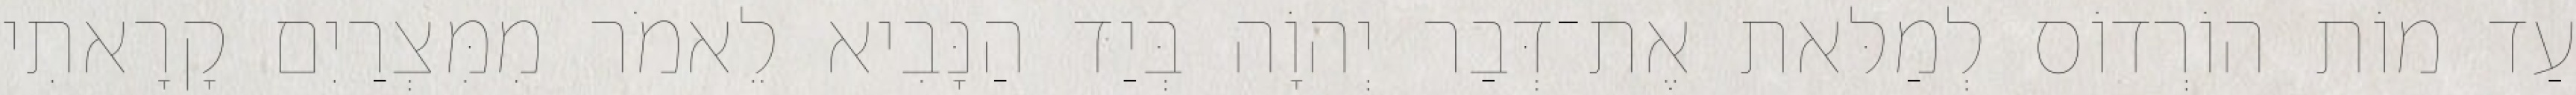
עַד מוֹת הוֹרְדוֹס לְמַלּאת אֶת־דְּבַר יְהוָֹה בְּיַד הַנָּבִיא לֵאמֹר מִמִּצְרַיִם קָרָאתִי